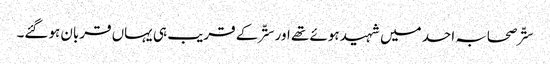
ستّر صحابہ احد میں شہید ہوئے تھے اور ستّر کے قریب ہی یہاں قربان ہوگئے۔